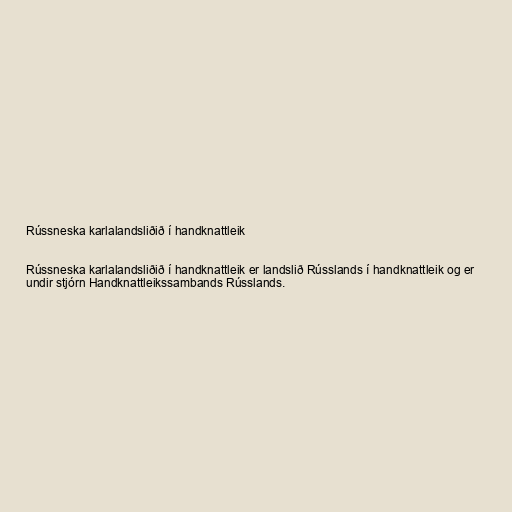
Rússneska karlalandsliðið í handknattleik

Rússneska karlalandsliðið í handknattleik er landslið Rússlands í handknattleik og er
undir stjórn Handknattleikssambands Rússlands.